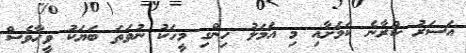
އަސަރު ކުރާނެ ކަމަށާއި މި އަމަލު ހިންގި މީހަކު ނުވަތަ ބަޔަކު ވީހާވެސް